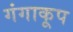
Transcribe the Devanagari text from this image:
गंगाकूप